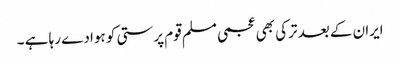
ایران کے بعد ترکی بھی عجمی مسلم قوم پرستی کو ہوا دے رہا ہے ۔